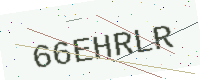
Text: 66EHRLR